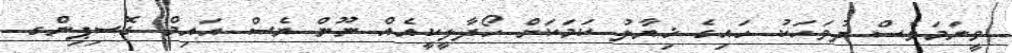
ވީނަމަވެސް ދުވަހަކު ހައިގެ ޚިޔާލު ކަމަކަށް ހޯދާލީކީއެއް ނޫން ޔެސް އައިމް ގޮސިޕިންގ